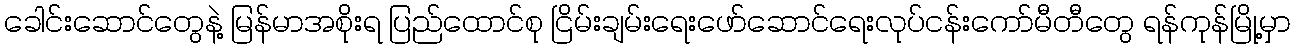
ခေါင်းဆောင်တွေနဲ့ မြန်မာအစိုးရ ပြည်ထောင်စု ငြိမ်းချမ်းရေးဖော်ဆောင်ရေးလုပ်ငန်းကော်မီတီတွေ ရန်ကုန်မြို့မှာ